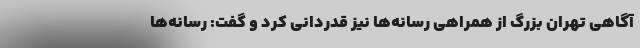
آگاهی تهران بزرگ از همراهی رسانه‌ها نیز قدردانی کرد و گفت: رسانه‌ها